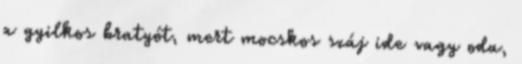
a gyilkos bratyót, mert mocskos száj ide vagy oda,